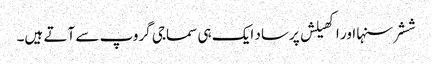
ششر سنہا اور اکھیلش پرساد ایک ہی سماجی گروپ سے آتے ہیں۔